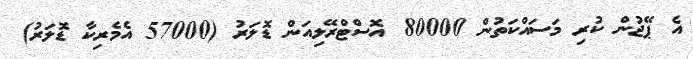
އެ ޕޭޖުން ކުރި މަސައްކަތުން 80000 އޮސްޓްރޭލިއަން ޑޮލަރު (57000 އެމެރިކާ ޑޮލަރު)